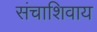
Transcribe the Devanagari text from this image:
संचाशिवाय